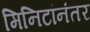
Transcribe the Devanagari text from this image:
मिनिटांनंतर